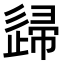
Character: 𨓼